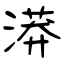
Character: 漭